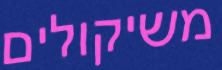
משיקולים